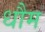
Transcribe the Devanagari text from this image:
धौम